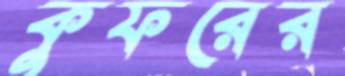
কুফরের